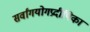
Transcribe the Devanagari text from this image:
सर्वांगयोगप्रदीपिका